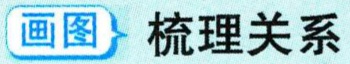
画图 梳理关系